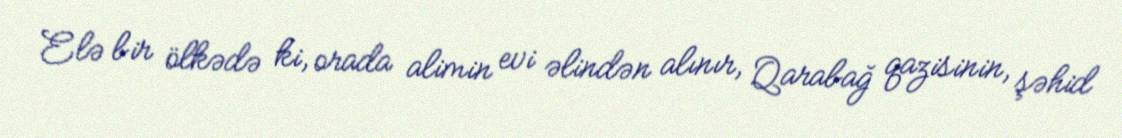
Elə bir ölkədə ki, orada alimin evi əlindən alınır, Qarabağ qazisinin, şəhid